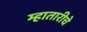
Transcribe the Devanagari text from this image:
म्हातारीचे